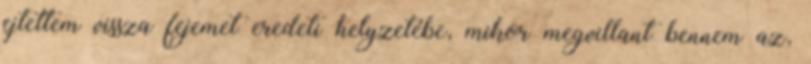
ejtettem vissza fejemet eredeti helyzetébe, mikor megvillant bennem az,